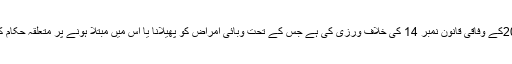
گرفتار کیے گئے افراد نے 2014کے وفاقی قانون نمبر 14 کی خلاف ورزی کی ہے جس کے تحت وبائی امراض کو پھیلانا یا اس میں مبتلا ہونے پر متعلقہ حکام کو آگاہ نہ کرنا قابل سزا جرم ہے۔